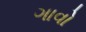
ગાવો